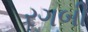
રગબી